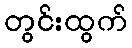
တွင်းထွက်